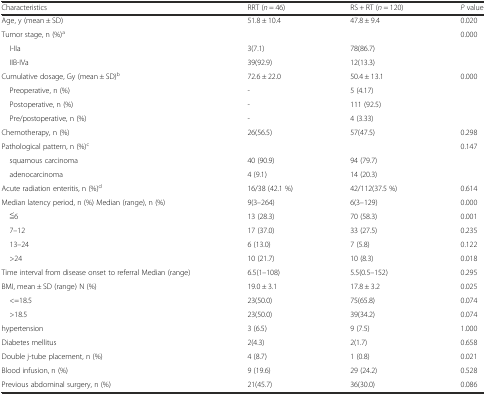
<table><thead><tr><td><b>Characteristics</b></td><td><b>RRT (<i>n</i> = 46)</b></td><td><b>RS + RT (<i>n</i> = 120)</b></td><td><b><i>P</i> value</b></td></tr></thead><tbody><tr><td>Age, y (mean ± SD)</td><td>51.8 ± 10.4</td><td>47.8 ± 9.4</td><td>0.020</td></tr><tr><td>Tumor stage, n (%)<sup>a</sup></td><td></td><td></td><td>0.000</td></tr><tr><td> I-IIa</td><td>3(7.1)</td><td>78(86.7)</td><td></td></tr><tr><td> IIB-IVa</td><td>39(92.9)</td><td>12(13.3)</td><td></td></tr><tr><td>Cumulative dosage, Gy (mean ± SD)<sup>b</sup></td><td>72.6 ± 22.0</td><td>50.4 ± 13.1</td><td>0.000</td></tr><tr><td> Preoperative, n (%)</td><td>-</td><td>5 (4.17)</td><td></td></tr><tr><td> Postoperative, n (%)</td><td>-</td><td>111 (92.5)</td><td></td></tr><tr><td> Pre/postoperative, n (%)</td><td>-</td><td>4 (3.33)</td><td></td></tr><tr><td>Chemotherapy, n (%)</td><td>26(56.5)</td><td>57(47.5)</td><td>0.298</td></tr><tr><td>Pathological pattern, n (%)<sup>c</sup></td><td></td><td></td><td>0.147</td></tr><tr><td> squamous carcinoma</td><td>40 (90.9)</td><td>94 (79.7)</td><td></td></tr><tr><td> adenocarcinoma</td><td>4 (9.1)</td><td>14 (20.3)</td><td></td></tr><tr><td>Acute radiation enteritis, n (%)<sup>d</sup></td><td>16/38 (42.1 %)</td><td>42/112(37.5 %)</td><td>0.614</td></tr><tr><td>Median latency period, n (%) Median (range), n (%)</td><td>9(3–264)</td><td>6(3–129)</td><td>0.000</td></tr><tr><td> ≦6</td><td>13 (28.3)</td><td>70 (58.3)</td><td>0.001</td></tr><tr><td> 7–12</td><td>17 (37.0)</td><td>33 (27.5)</td><td>0.235</td></tr><tr><td> 13–24</td><td>6 (13.0)</td><td>7 (5.8)</td><td>0.122</td></tr><tr><td> &gt;24</td><td>10 (21.7)</td><td>10 (8.3)</td><td>0.018</td></tr><tr><td>Time interval from disease onset to referral Median (range)</td><td>6.5(1–108)</td><td>5.5(0.5–152)</td><td>0.295</td></tr><tr><td>BMI, mean ± SD (range) N (%)</td><td>19.0 ± 3.1</td><td>17.8 ± 3.2</td><td>0.025</td></tr><tr><td> &lt;=18.5</td><td>23(50.0)</td><td>75(65.8)</td><td>0.074</td></tr><tr><td> &gt;18.5</td><td>23(50.0)</td><td>39(34.2)</td><td>0.074</td></tr><tr><td>hypertension</td><td>3 (6.5)</td><td>9 (7.5)</td><td>1.000</td></tr><tr><td>Diabetes mellitus</td><td>2(4.3)</td><td>2(1.7)</td><td>0.658</td></tr><tr><td>Double j-tube placement, n (%)</td><td>4 (8.7)</td><td>1 (0.8)</td><td>0.021</td></tr><tr><td>Blood infusion, n (%)</td><td>9 (19.6)</td><td>29 (24.2)</td><td>0.528</td></tr><tr><td>Previous abdominal surgery, n (%)</td><td>21(45.7)</td><td>36(30.0)</td><td>0.086</td></tr></tbody></table>